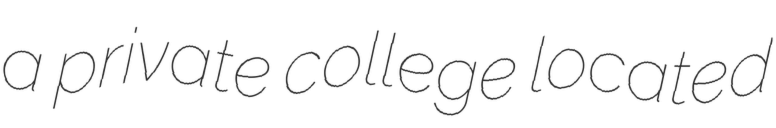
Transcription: a private college located